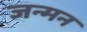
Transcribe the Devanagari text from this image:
जन्मन